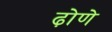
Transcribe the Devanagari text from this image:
ढ़ोणे